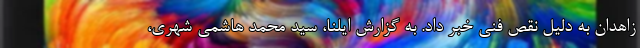
زاهدان به دلیل نقص فنی خبر داد. به گزارش ایلنا، سید محمد هاشمی شهری،